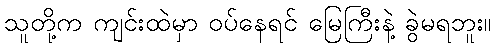
သူတို့က ကျင်းထဲမှာ ဝပ်နေရင် မြေကြီးနဲ့ ခွဲမရဘူး။